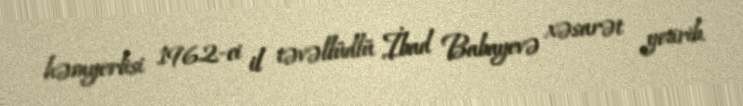
həmyerlisi 1962-ci il təvəllüdlü İbad Babayevə xəsarət yetirib.